Lock hospitals Punjab
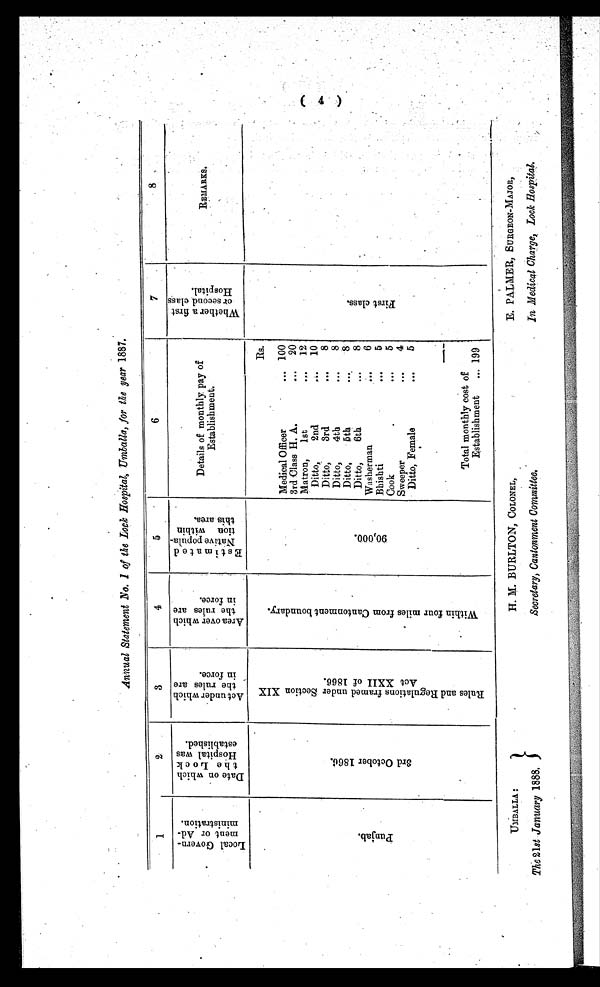
UMBALLA:
T he 21st January 1888.
H. M. BURLTON, COLONEL,
Secretary, Cantonment Committee,
E. PALMER, SURGEON-MAJOR,
In Medical Charge, Lock Hospital.
Annual Statement No. I of the Lock Hospital,Umballa,, for the year 1887.
1
2
3
4
5
6
7
8
.4-1 w
VI c 4
to 0 .
sa rcs .—.
T. = 45
a) 0 ...
..0 P 04
..i.., CD CO
0.) M 0
4:1 t pi
.
REMARKS.
•
Details of monthl y, pay of
Establishment.
L o c a l G o v e r n m e n t o r A d m i n i s t r a t i o n .
D a t e o n w h i c h t h e L o c k H o s p i t a l w a s e s t a b l i s h e d .
A c t u n d e r s h i c h t h e r u l e s a r e i n f o r c e .
A r e a o v e r w h i c h t h e r u l e s a r e i n f o r c e .
Est i mat ed Nat i ve popul at i on wi t hi n t hi s area.
P u n j a b .
3 r d O c t o b e r 1 8 6 6 .
R u l e s a n d R e g u l a t i o n s f r a m e d u n d e r S e c t i o n X I X
A c t X X I I o f 1 8 6 6 .
W i t h i n f o u r m i l e s f r o m C a n t o n m e n t b o u n d a r y .
9 0 , 0 0 0 .
Rs.
F i r s t c l a s s .
Medical Officer
... 100
3rd Class H. A.
. . .
20
Matron,
1st
. . .
12
Ditto,
2nd
. . .
10
Ditto,
3rd
. . .
8
Ditto,
4th
...
8
Ditto,
5th
. . .
8
Ditto,
6th
. . .
8
Washerman
. . .
6
Bhishti
. . .
5
Cook
. . .
5
Sweeper
. . .
4
Ditto, Female
. . .
5
Total monthly cost of
Establishment
... 199
( 4 )